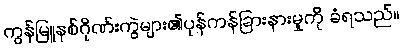
ကွန်မြူနစ်ဂိုဏ်းကွဲများ၏ပုန်ကန်ခြားနားမှုကို ခံရသည်။